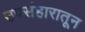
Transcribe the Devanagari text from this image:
उपसंहारातून